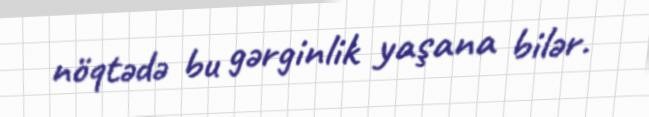
nöqtədə bu gərginlik yaşana bilər.